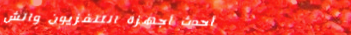
أحدث أجهزة التلفزيون والش